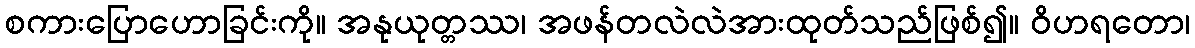
စကားပြောဟောခြင်းကို။ အနုယုတ္တဿ၊ အဖန်တလဲလဲအားထုတ်သည်ဖြစ်၍။ ဝိဟရတော၊